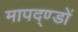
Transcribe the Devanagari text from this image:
मापद्ण्डों